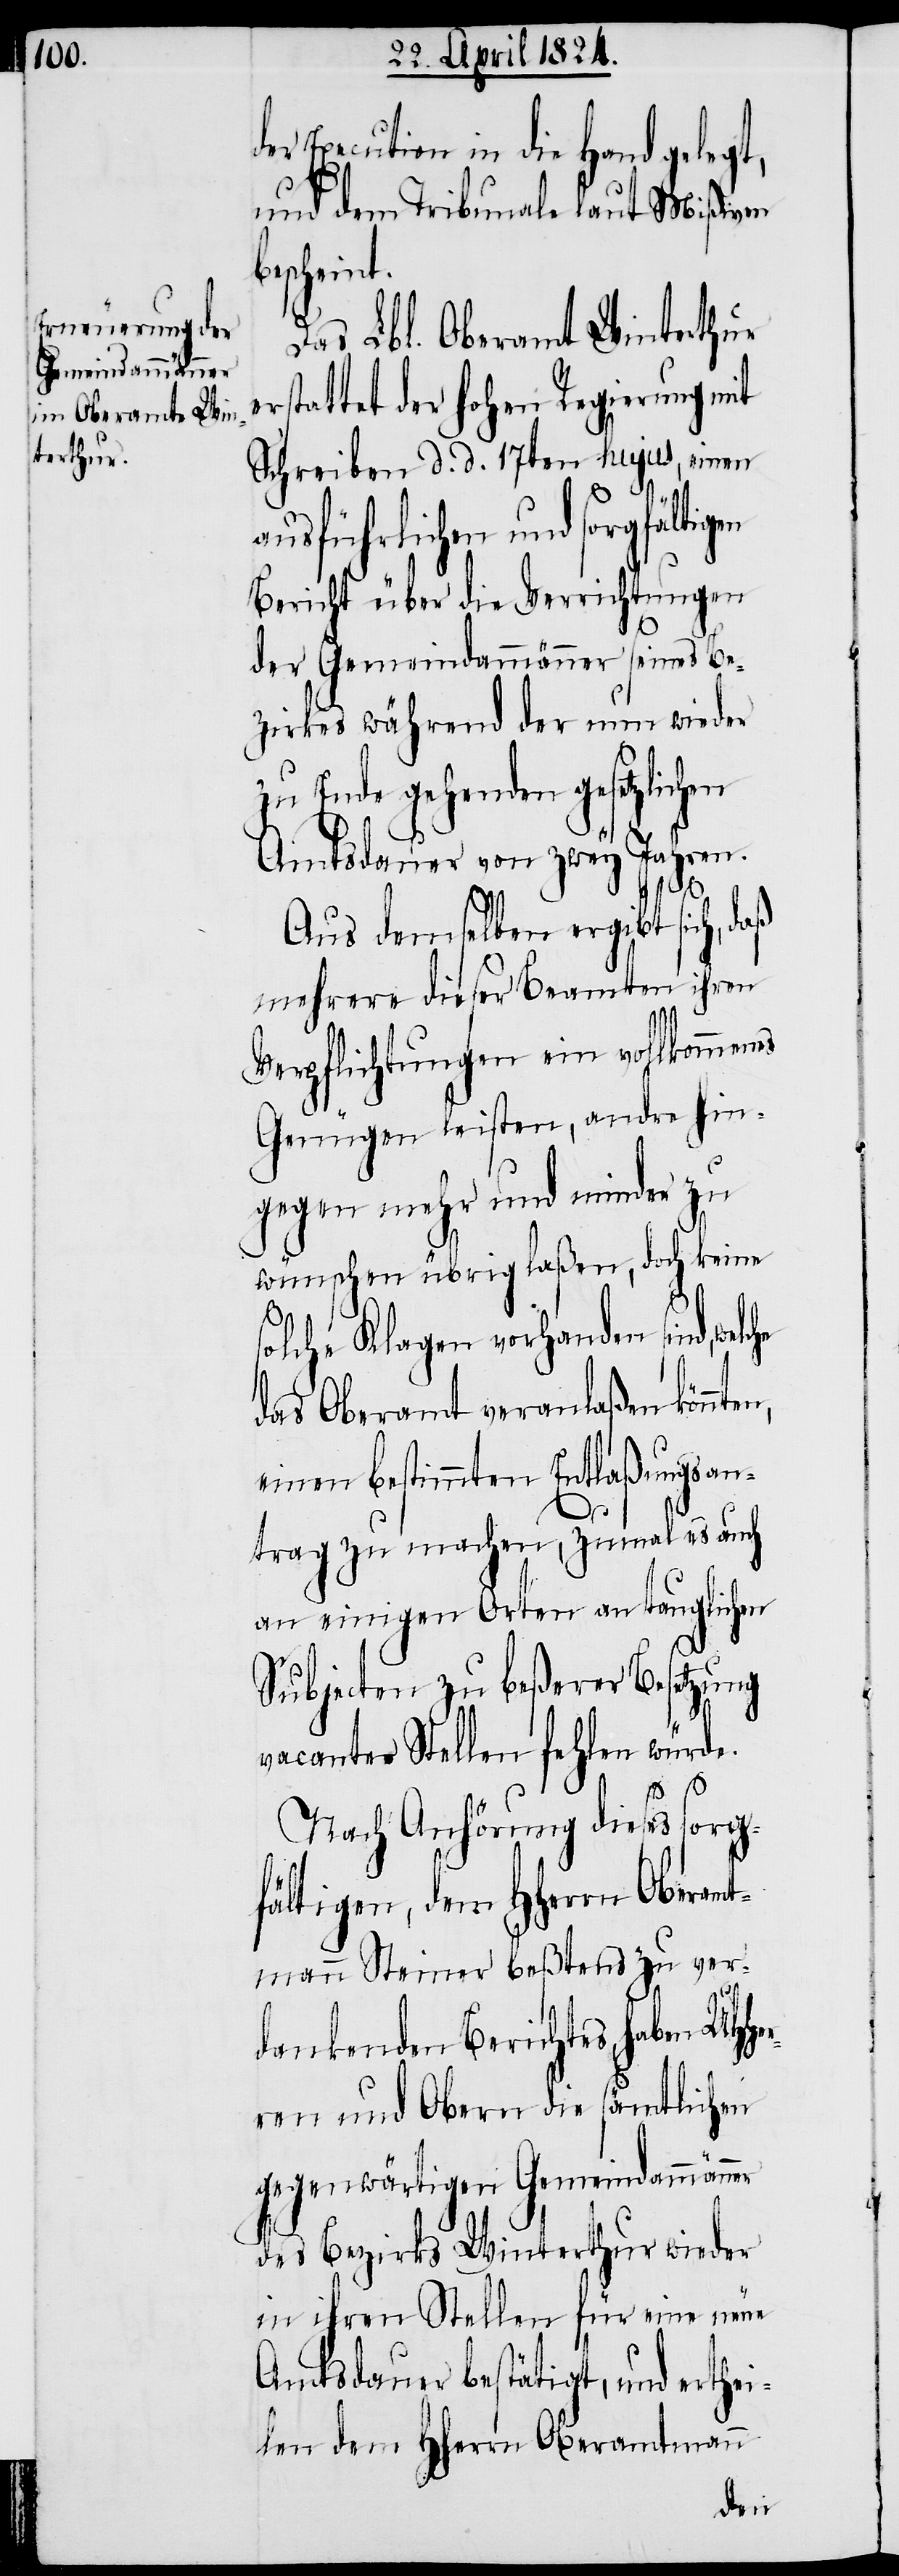
der Execution in die Hand gelegt,
und dem Tribunale laut Mißiven
escheint.
Das Lbl. Oberamt Winterthur
rstattet der hohen Regierung mit
Schreiben d. d. 17ten hujus, einen
ausführlichen und sorgfältigen
Bericht über die Verrichtungen
der Gemeindammänner seines Be¬
zirkes während der nun wieder
zu Ende gehenden gesetzlich¬
Amtsdauer von zwey Jahren.
Her¬
Aus demselben ergibt sich, daß
mehrere dieser Beamten ihren
Verpflichtungen ein vollkommenes
Genügen leisten, andre hin¬
gegen mehr und minder zu
wünschen übrig laßen, doch keine
solchen Klagen vorhanden sind, wel¬
das Oberamt veranlaßen könn¬
einen bestimmten Entlaßungsan¬
trag zu machen, zumal es auch
an einigen Orten an tauglichen
Subjecten zu beßerer Besetzung
vacanter Stellen fehlen würde.
Nach Anhörung dieses sorg¬
fältigen, dem HHerrn Oberam¬
tmann Steiner beßtens zu ver¬
dankenden Berichtes, haben UH¬
ren und Obern die sämtlichen
gegenwärtigen Gemeindammänner
des Bezirks Winterthur wieder
in ihren Stellen für eine neue
Amtsdauer bestätigt, und erthei¬
len dem HHerrn Oberamtmann
ten,